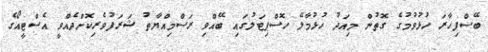
ބޭސްފިހާރަ ހުޅުވުމުގެ ގޮތުން މިއަދު ހުޅުމާލޭ ހޮސްޕިޓަލުގައި ބޭއްވި ރަސްމިއްޔާތު ޝަރަފުވެރިކޮށްދެއްވީ އެސްޓީއޯގެ